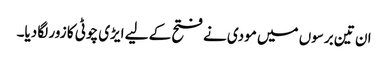
ان تین برسوں میں مودی نے فتح کے لیے ایڑی چوٹی کا زور لگا دیا۔